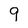
Character: 9